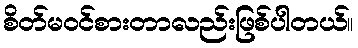
စိတ်မ၀င်စားတာလည်းဖြစ်ပါတယ်။